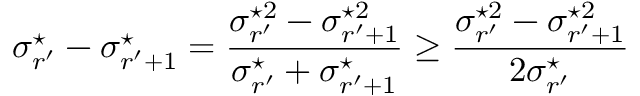
\sigma _ { r ^ { \prime } } ^ { \star } - \sigma _ { r ^ { \prime } + 1 } ^ { \star } = \frac { \sigma _ { r ^ { \prime } } ^ { \star 2 } - \sigma _ { r ^ { \prime } + 1 } ^ { \star 2 } } { \sigma _ { r ^ { \prime } } ^ { \star } + \sigma _ { r ^ { \prime } + 1 } ^ { \star } } \geq \frac { \sigma _ { r ^ { \prime } } ^ { \star 2 } - \sigma _ { r ^ { \prime } + 1 } ^ { \star 2 } } { 2 \sigma _ { r ^ { \prime } } ^ { \star } }